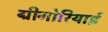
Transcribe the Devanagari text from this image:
ग्रीगोरियाई